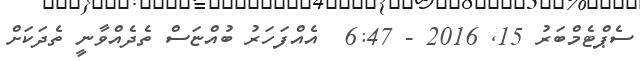
ސެޕްޓެމްބަރު 15